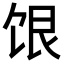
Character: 𬲷